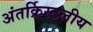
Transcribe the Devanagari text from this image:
अंतर्क्रिस्टलीय